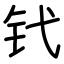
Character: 𬬩